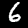
Digit: 6